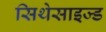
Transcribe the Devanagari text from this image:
सिथेसाइज्ड